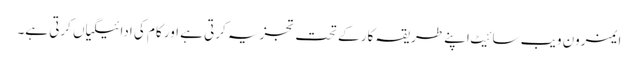
ایمزون ویب سائیٹ اپنے طریقہ کار کے تحت تجزیہ کرتی ہے اور کام کی ادائیگیاں کرتی ہے۔